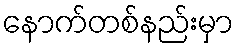
နောက်တစ်နည်းမှာ